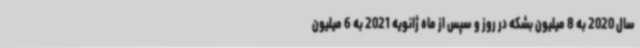
سال 2020 به 8 میلیون بشکه در روز و سپس از ماه ژانویه 2021 به 6 میلیون